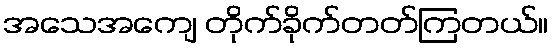
အသေအကျေ တိုက်ခိုက်တတ်ကြတယ်။